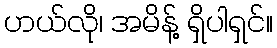
ဟယ်လို၊ အမိန့် ရှိပါရှင်။